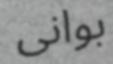
بوانى